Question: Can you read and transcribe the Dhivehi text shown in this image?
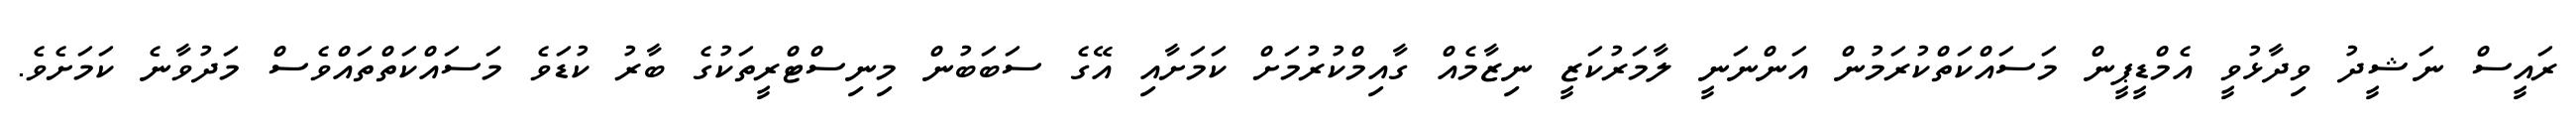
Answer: ރައީސް ނަޝީދު ވިދާޅުވީ އެމްޑީޕީން މަސައްކަތްކުރަމުން އަންނަނީ ލާމަރުކަޒީ ނިޒާމެއް ގާއިމްކުރުމަށް ކަމަށާއި އޭގެ ސަބަބުން މިނިސްޓްރީތަކުގެ ބާރު ކުޑަވެ މަސައްކަތްތައްވެސް މަދުވާނެ ކަމަށެވެ.